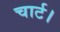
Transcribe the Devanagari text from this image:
चार्ट।